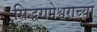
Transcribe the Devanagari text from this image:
सिद्धरामेश्वराच्या